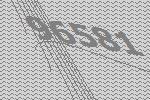
96581